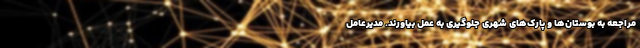
مراجعه به بوستان‌ها و پارک‌های شهری جلوگیری به عمل بیاورند. مدیرعامل